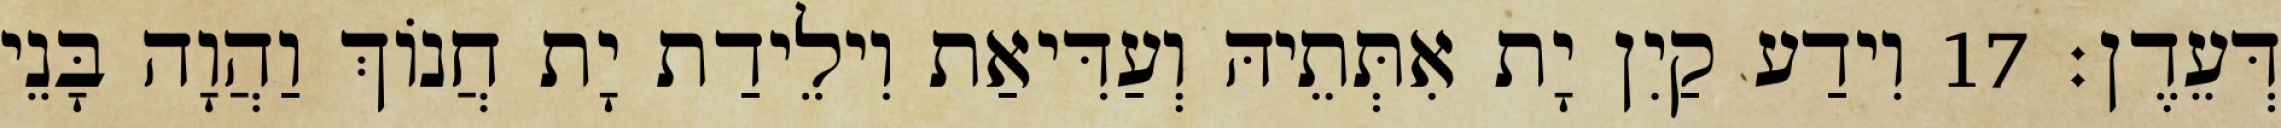
דְּעֵדֶן׃ 17 וִידַע קַיִן יָת אִתְּתֵיהּ וְעַדִּיאַת וִילֵידַת יָת חֲנוֹךְ וַהֲוָה בָּנֵי